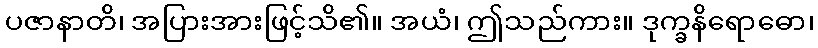
ပဇာနာတိ၊ အပြားအားဖြင့်သိ၏။ အယံ၊ ဤသည်ကား။ ဒုက္ခနိရောဓော၊